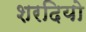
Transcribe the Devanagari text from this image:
शरदियो